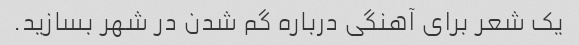
یک شعر برای آهنگی درباره گم شدن در شهر بسازید.